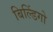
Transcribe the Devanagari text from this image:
बिल्डिंगो